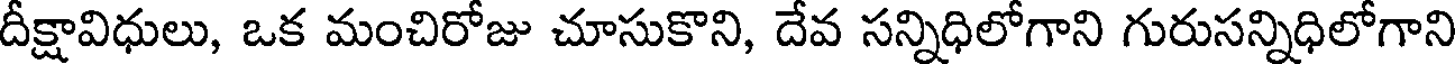
దీక్షావిధులు, ఒక మంచిరోజు చూసుకొని, దేవ సన్నిధిలోగాని గురుసన్నిధిలోగాని